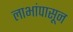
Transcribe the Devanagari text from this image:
लाभांपासून